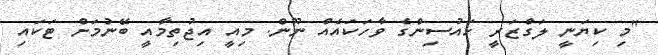
"މި ކިޔަނީ ލަގްޒަރީ ހައުސިންގެ ވާހަކައެއް ނޫން. މިއީ އިޖުތިމާއީ ބޭނުމަށް ޓަކައި